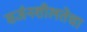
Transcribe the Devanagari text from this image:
सर्जनशीलतेचा